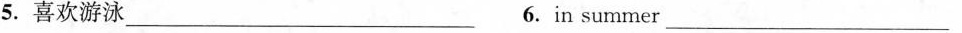
5. 喜欢游泳 ___ 6. In summer ___